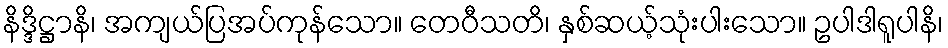
နိဒ္ဒိဋ္ဌာနိ၊ အကျယ်ပြအပ်ကုန်သော။ တေဝီသတိ၊ နှစ်ဆယ့်သုံးပါးသော။ ဥပါဒါရူပါနိ၊